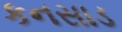
કનસાડ